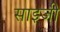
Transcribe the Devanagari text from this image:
साइजी